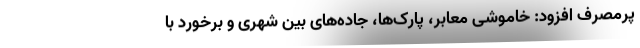
پرمصرف افزود: خاموشی معابر، پارک‌ها، جاده‌های بین شهری و برخورد با